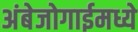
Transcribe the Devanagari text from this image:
अंबेजोगाईमध्ये